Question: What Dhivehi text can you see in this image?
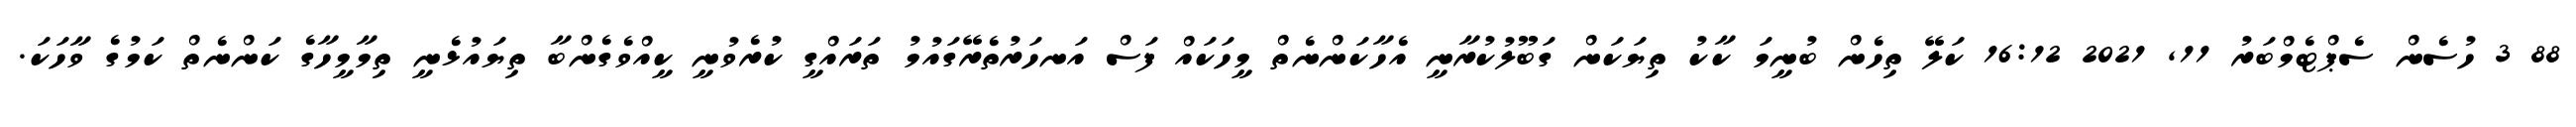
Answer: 88 3 ހުސެން ސެޕްޓެމްބަރު 11, 2021 16:12 ކަލޭ ތިހެން ބުނީމަ ކާކު ތިޔަކަން ގަބޫލުކުރާނީ އެހާކަންނެތް މީހަކައް ފަސް އަނހަރުތެރޭގައުމު ތަރައްގީ ކުރެވުނީ ކީއްވެގެންބާ ތިޔައުޅެނީ ތިމާމީހާގެ ކަންނެތް ކަމުގެ ވާހަކަ.